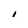
Character: 1